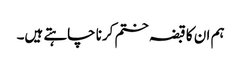
ہم ان کا قبضہ ختم کرنا چاہتے ہیں۔